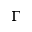
\Gamma